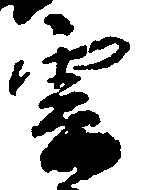
雲